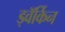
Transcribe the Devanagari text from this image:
ड्वॅर्किन